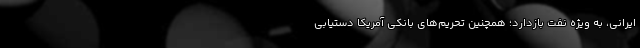
ایرانی، به ویژه نفت بازدارد؛ همچنین تحریم‌های بانکی آمریکا دستیابی